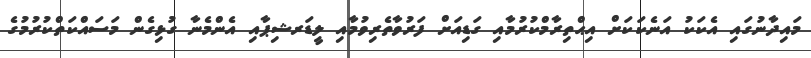
މައިދާނުގައި އެކަކު އަނެކަކަށް އިޙްތިރާމްކުރުމާއި ގަޑިއަށް ފަރުވާތެރިވުމާއި ލީޑަރޝިޕާއި އެންމެނާ ގުޅިގެން މަސައްކަތްކުރުމުގެ